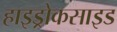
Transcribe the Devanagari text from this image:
हाइड्रोकसाइड